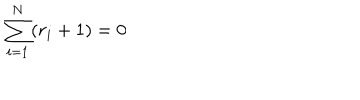
\sum _ { i = 1 } ^ { N } ( r _ { i } + 1 ) = 0